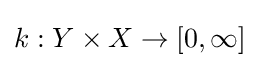
k:Y\times X\to [0,\infty ]